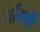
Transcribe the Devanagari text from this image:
गोंग्शी